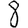
Digit: 8